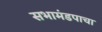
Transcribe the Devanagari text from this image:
सभामंडपाचा